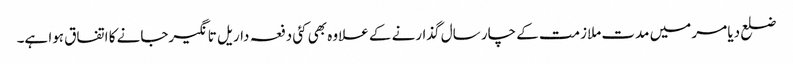
ضلع دیا مر میں مدت ملازمت کے چار سال گذارنے کے علاوہ بھی کئی دفعہ داریل تانگیرجانے کا اتفاق ہوا ہے۔